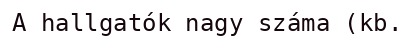
A hallgatók nagy száma (kb.